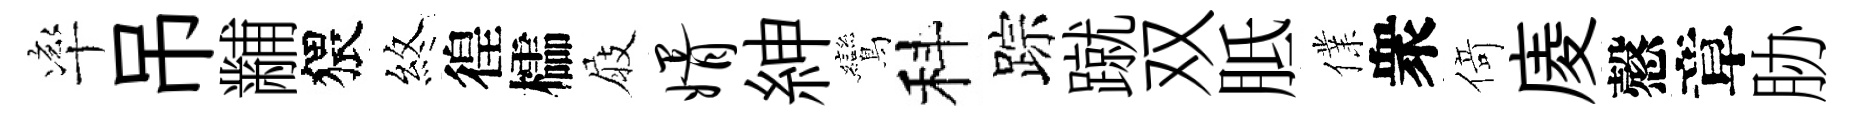
率吊黼猥煞徨櫺屐婿紳鸞科踪蹴双胝㒒衆𠋣庱慤章胁